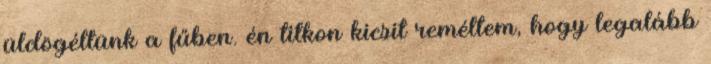
üldögéltünk a fűben. én titkon kicsit reméltem, hogy legalább